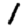
Digit: 1